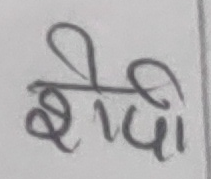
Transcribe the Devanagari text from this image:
शेपी